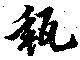
甀